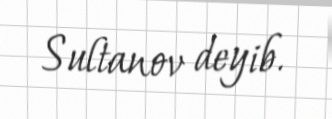
Sultanov deyib.